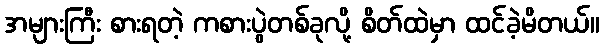
အများကြီး စားရတဲ့ ကစားပွဲတစ်ခုလို့ စိတ်ထဲမှာ ထင်ခဲ့မိတယ်။